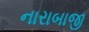
નારાબાજી